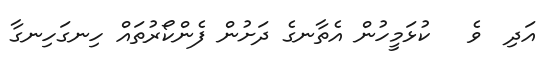
އަދި  ވެ   ކުޅަމީހުން އެތާނގެ ދަށުން ފެންކޯރުތައް ހިނގަހިނގާ